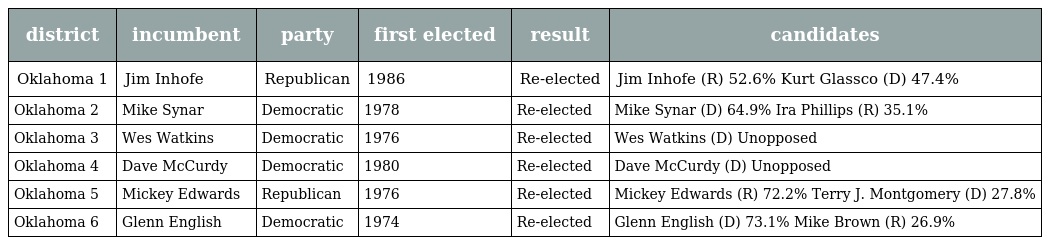
| district | incumbent | party | first elected | result | candidates |
 | --- | --- | --- | --- | --- | --- |
 | Oklahoma 1 | Jim Inhofe | Republican | 1986 | Re-elected | Jim Inhofe (R) 52.6% Kurt Glassco (D) 47.4% |
 | Oklahoma 2 | Mike Synar | Democratic | 1978 | Re-elected | Mike Synar (D) 64.9% Ira Phillips (R) 35.1% |
 | Oklahoma 3 | Wes Watkins | Democratic | 1976 | Re-elected | Wes Watkins (D) Unopposed |
 | Oklahoma 4 | Dave McCurdy | Democratic | 1980 | Re-elected | Dave McCurdy (D) Unopposed |
 | Oklahoma 5 | Mickey Edwards | Republican | 1976 | Re-elected | Mickey Edwards (R) 72.2% Terry J. Montgomery (D) 27.8% |
 | Oklahoma 6 | Glenn English | Democratic | 1974 | Re-elected | Glenn English (D) 73.1% Mike Brown (R) 26.9% |